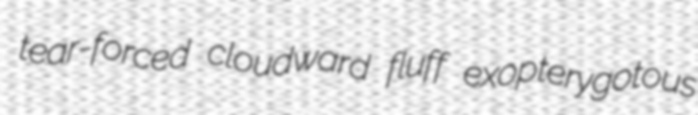
tear-forced cloudward fluff exopterygotous